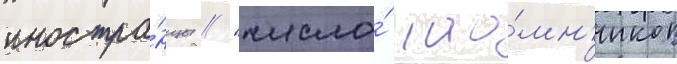
иностра́нцы // "число́ нао́мн'иков